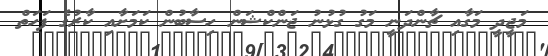
މަޖީދީ މަގާއި ޗާންދަނީ މަގު ގުޅުނު ޖަންކްޝަން ހިސާބުން ކަމަށާއި ކާރުގެ ފަހަތް